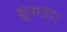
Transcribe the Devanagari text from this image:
झुकता।